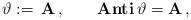
LaTeX: \begin{align*}\vartheta:= \,\mathbf{A} \, ,\qquad\textbf{Anti} \, \vartheta = \mathbf{A} \, ,\end{align*}